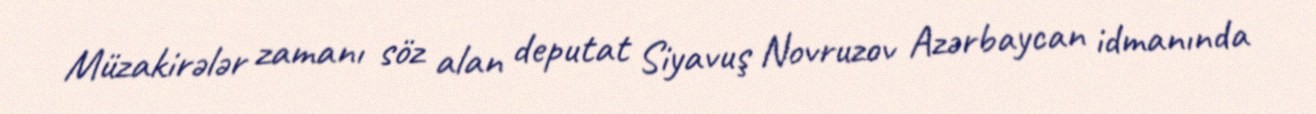
Müzakirələr zamanı söz alan deputat Siyavuş Novruzov Azərbaycan idmanında